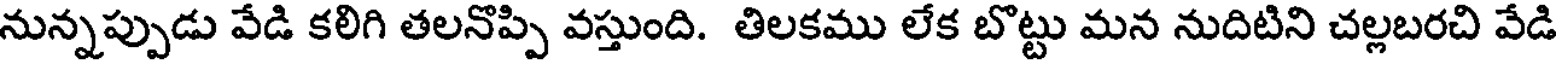
నున్నప్పుడు వేడి కలిగి తలనొప్పి వస్తుంది. తిలకము లేక బొట్టు మన నుదిటిని చల్లబరచి వేడి